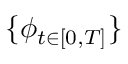
\{ { \phi } _ { t \in [ 0 , T ] } \}